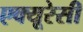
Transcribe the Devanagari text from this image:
एक्यूरेसी